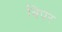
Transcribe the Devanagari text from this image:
बिपर